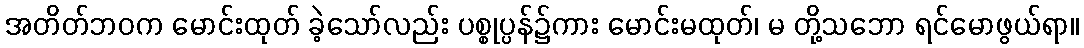
အတိတ်ဘဝက မောင်းထုတ် ခဲ့သော်လည်း ပစ္စုပ္ပန်၌ကား မောင်းမထုတ်၊ မ တို့သဘော ရင်မောဖွယ်ရာ။